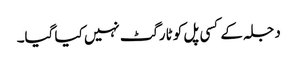
دجلہ کے کسی پل کو ٹارگٹ نہیں کیا گیا۔